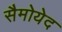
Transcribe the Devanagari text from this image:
सैमोयेद